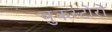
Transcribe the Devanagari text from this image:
बुकस्टोरों